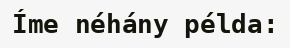
Íme néhány példa: